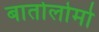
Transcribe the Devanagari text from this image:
बातोलोमो